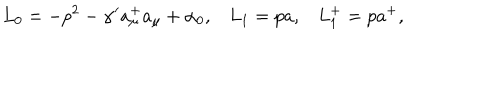
LaTeX: L _ { 0 } = - p ^ { 2 } - \alpha ^ { \prime } a _ { \mu } ^ { + } a _ { \mu } + \alpha _ { 0 } , L _ { 1 } = p a , L _ { 1 } ^ { + } = p a ^ { + } ,